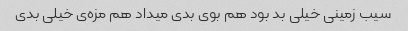
سیب زمینی خیلی بد بود هم بوی بدی میداد هم مزه‌ی خیلی بدی